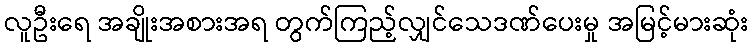
လူဦးရေ အချိုးအစားအရ တွက်ကြည့်လျှင်သေဒဏ်ပေးမှု အမြင့်မားဆုံး